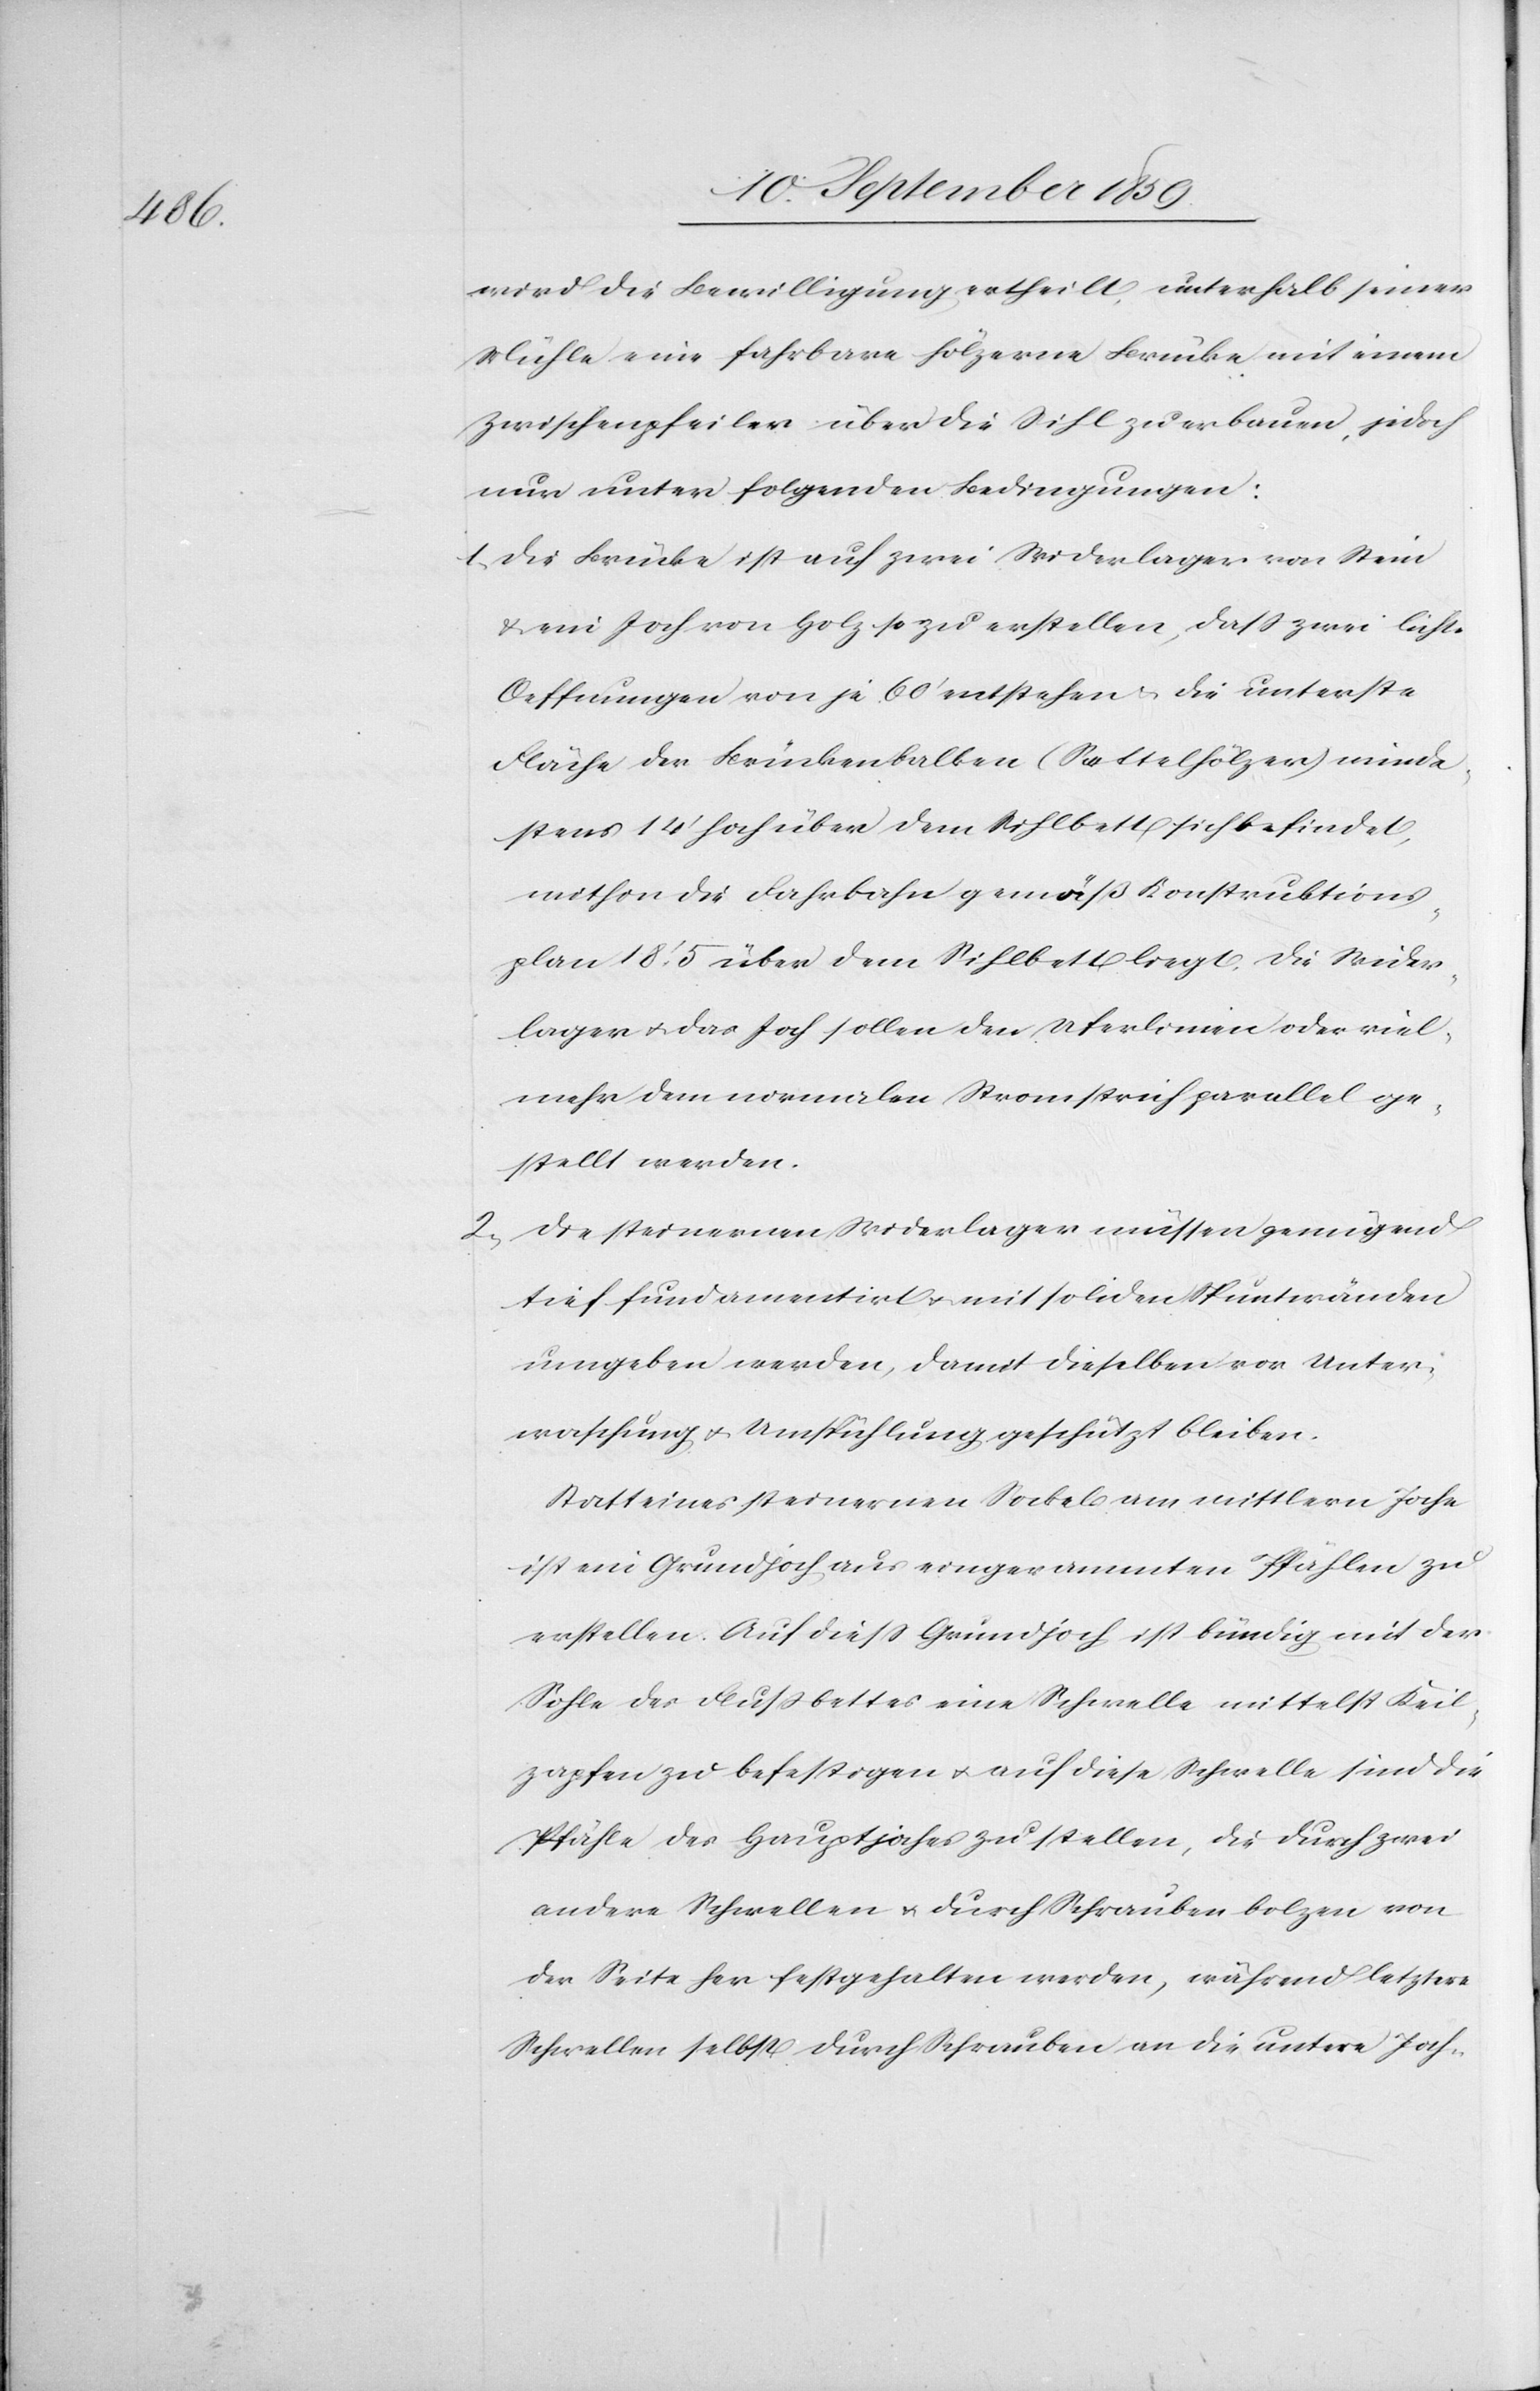
wird die Bewilligung ertheilt, unterhalb seiner
Mühle eine fahrbare hölzerne Brücke mit einem
Zwischenpfeiler über die Sihl zu erbauen, jedoch
nur unter folgenden Bedingungen:
1. Die Brücke ist auf zwei Widerlager von Stein
& ein Joch von Holz so zu erstellen, daß zwei lichte
Oeffnungen von je 60’ entstehen & die unterste
Fläche der Brückenbalken (Sattelhölzer) minde¬
stens 14’ höch über dem Sihlbett sich befindet,
mithin die Fahrbahn gemäß Konstruktions¬
plan 18’ 5 über dem Sihlbett liegt, die Wider¬
lager & das Joch sollen den Uferlinien oder viel
mehr dem normalen Stromstrich parallel ge¬
stellt werden.
2. Die steinernen Widerlager müssen genügend
tief fundamentirt & mit soliden Spuntwänden
umgeben werden, damit dieselben vor Unter¬
waschung & Umspühlung geschützt bleiben.
Statt eines steinernen Sockels am mittlern Joche
ist ein Grundjoch aus eingerammten Pfählen zu
erstellen. Auf dieß Grundjoch ist bündig mit der
Sohle des Flußbettes eine Schwelle mittelst Keil¬
zapfen zu befestigen & auf diese Schwelle sind die
Pfähle des Hauptjoches zustellen, die durch
der Seite her festgehalten werden, während letztere
Schwellen selbst durch Schrauben an die untere Joch-